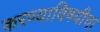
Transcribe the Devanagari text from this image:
करण्याविषयीचा